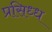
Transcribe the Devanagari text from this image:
प्रसिध्‍ध